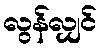
လွန်လျှင်